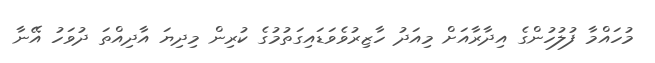
މުހައްމާ ފުލުހުންގެ އިދާރާއަށް މިއަދު ހާޒިރުވެވަޑައިގަތުމުގެ ކުރިން މިދިޔަ އާދިއްތަ ދުވަހު އޭނާ